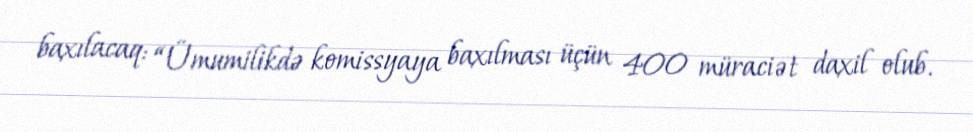
baxılacaq: “Ümumilikdə komissyaya baxılması üçün 400 müraciət daxil olub.